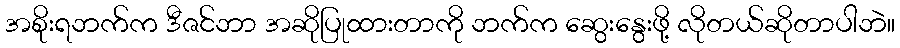
အစိုးရဘက်က ဒီဇင်ဘာ အဆိုပြုထားတာကို ဘက်က ဆွေးနွေးဖို့ လိုတယ်ဆိုတာပါဘဲ။